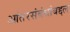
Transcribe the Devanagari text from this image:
आंतरसंबंधांबद्दल